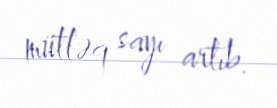
mütləq sayı artıb.